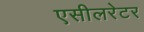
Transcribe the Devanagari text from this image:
एसीलरेटर